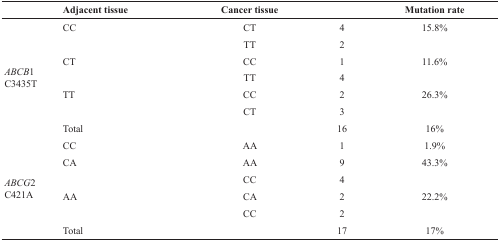
<table><thead><tr><td></td><td><b>Adjacent tissue</b></td><td><b>Cancer tissue</b></td><td></td><td><b>Mutation rate</b></td></tr></thead><tbody><tr><td rowspan="7"><i>ABCB</i>1C3435T</td><td>CC</td><td>CT</td><td>4</td><td>15.8%</td></tr><tr><td></td><td>TT</td><td>2</td><td></td></tr><tr><td>CT</td><td>CC</td><td>1</td><td>11.6%</td></tr><tr><td></td><td>TT</td><td>4</td><td></td></tr><tr><td>TT</td><td>CC</td><td>2</td><td>26.3%</td></tr><tr><td></td><td>CT</td><td>3</td><td></td></tr><tr><td>Total</td><td></td><td>16</td><td>16%</td></tr><tr><td rowspan="6"><i>ABCG</i>2C421A</td><td>CC</td><td>AA</td><td>1</td><td>1.9%</td></tr><tr><td>CA</td><td>AA</td><td>9</td><td>43.3%</td></tr><tr><td></td><td>CC</td><td>4</td><td></td></tr><tr><td>AA</td><td>CA</td><td>2</td><td>22.2%</td></tr><tr><td></td><td>CC</td><td>2</td><td></td></tr><tr><td>Total</td><td></td><td>17</td><td>17%</td></tr></tbody></table>